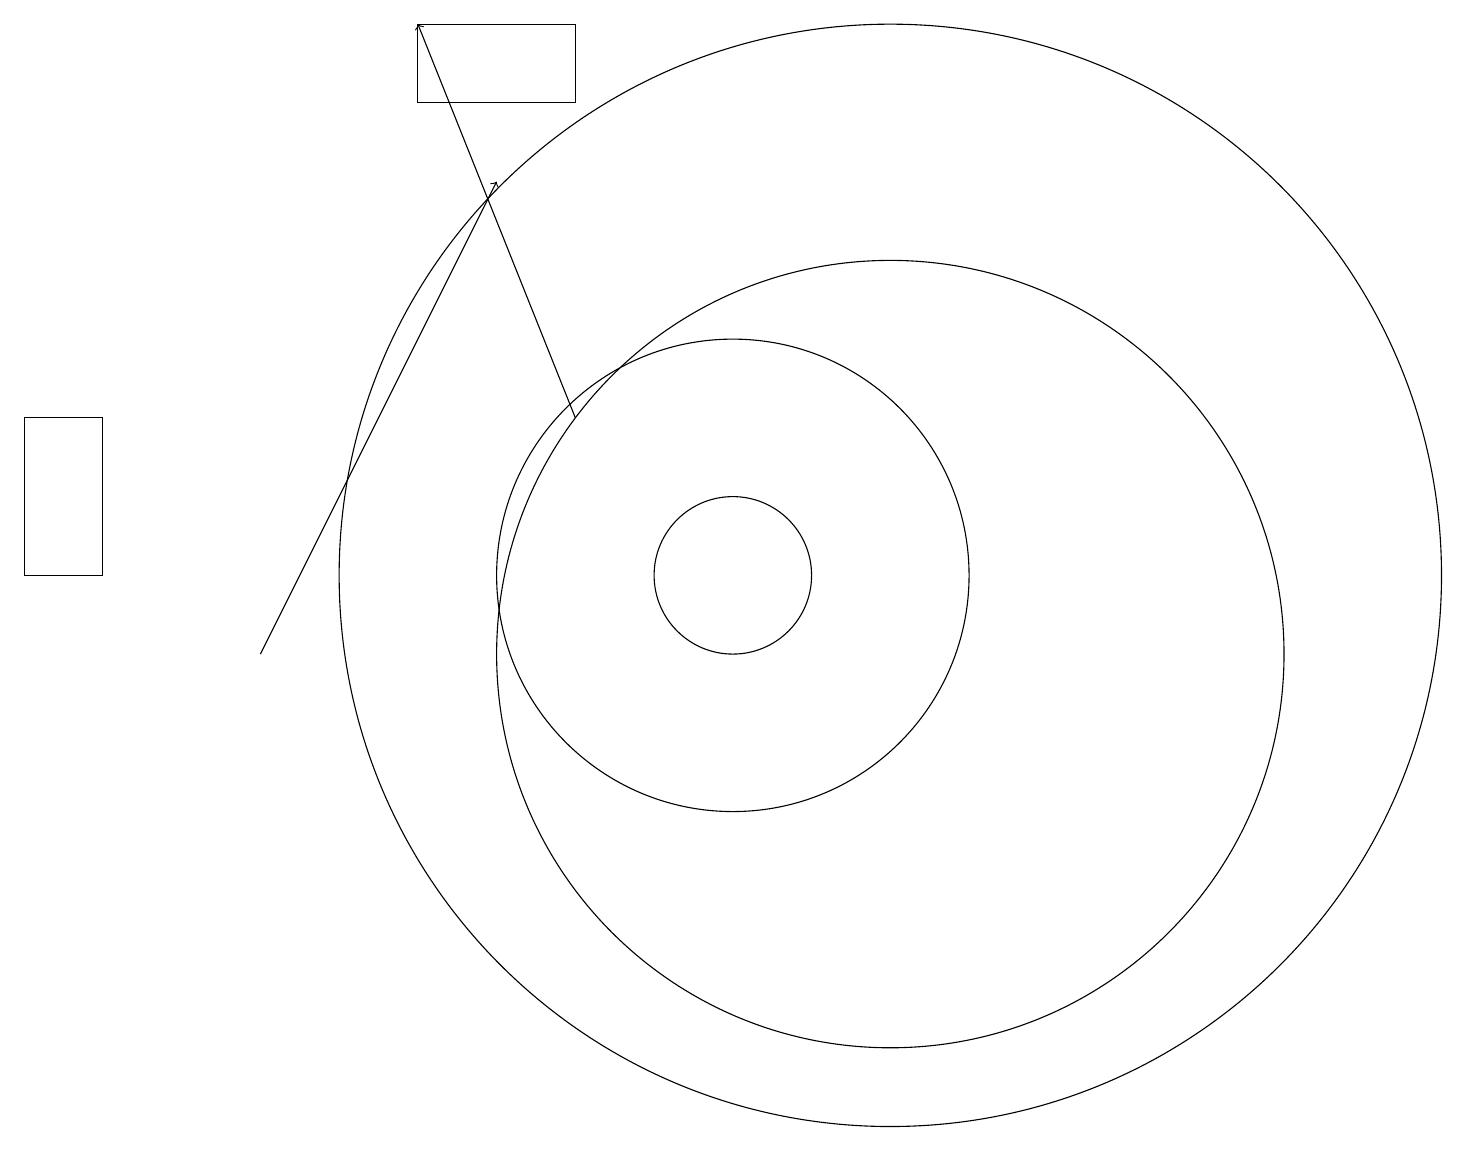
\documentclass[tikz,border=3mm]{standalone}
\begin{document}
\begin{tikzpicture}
\draw (12,11) circle (7);
\draw (6,17) rectangle (8,18);
\draw[->] (4,10) -- (7,16);
\draw (2,11) rectangle (1,13);
\draw (12,10) circle (5);
\draw[->] (8,13) -- (6,18);
\draw (10,11) circle (1);
\draw (10,11) circle (3);
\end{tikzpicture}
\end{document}